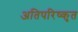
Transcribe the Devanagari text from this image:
अतिपरिष्कृत